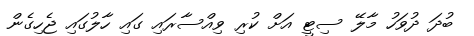
ބުދަ ދުވަހު މާލޭ ސިޓީ އަށް ކުރި ވިއްސާރައި ގައި ހާލުގައި ޖެހިގެން